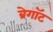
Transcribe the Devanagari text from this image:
ब्रेगॉट